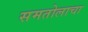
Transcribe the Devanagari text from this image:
समतोलाचा